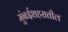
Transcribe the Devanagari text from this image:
मुंबईशहरातील